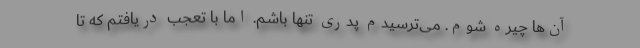
آن‌ها چیره شوم. می‌ترسیدم پدری تنها باشم. اما با تعجب دریافتم که تا